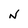
Character: N